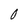
Character: O